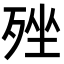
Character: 𣨎